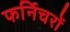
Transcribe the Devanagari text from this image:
फर्निचरों